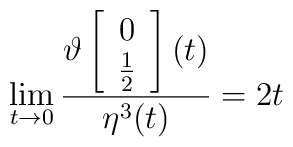
\lim_{t\rightarrow  0}    \frac{\vartheta   \left[  \begin{array}{c}    0  \\\frac{1}{2} \end{array} \right](t)}{\eta^3 (t)}=2t